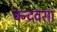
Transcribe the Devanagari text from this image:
चन्द्रवसा